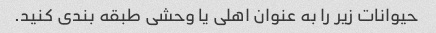
حیوانات زیر را به عنوان اهلی یا وحشی طبقه بندی کنید.